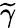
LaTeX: \widetilde\gamma